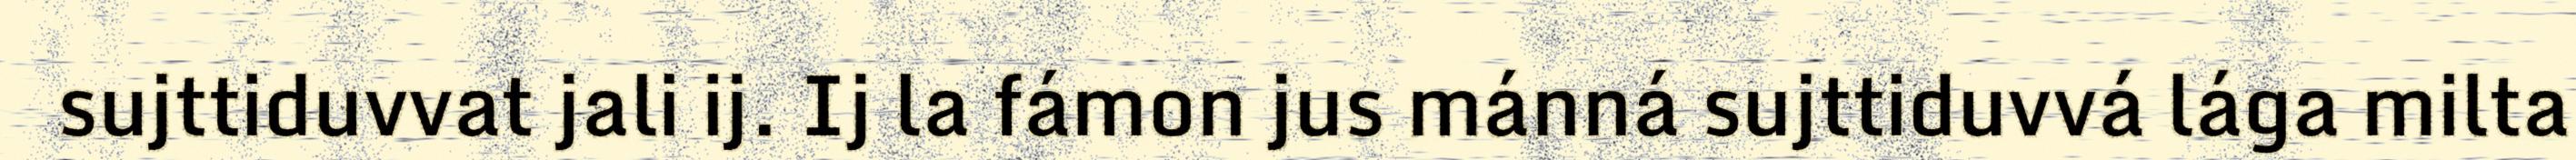
sujttiduvvat jali ij. Ij la fámon jus mánná sujttiduvvá lága milta